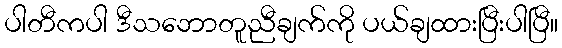
ပါတီကပါ ဒီသဘောတူညီချက်ကို ပယ်ချထားပြီးပါပြီ။